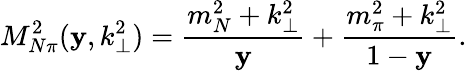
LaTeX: M_{N\pi}^{2}(\mathbf{y},k_{\perp}^{2})=\frac{{m_{N}^{2}+k_{\perp}^{2}}}{{\mathbf{y}}}+\frac{{m_{\pi}^{2}+k_{\perp}^{2}}}{{1-\mathbf{y}}}.